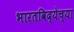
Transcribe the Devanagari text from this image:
भारतविद्येच्या